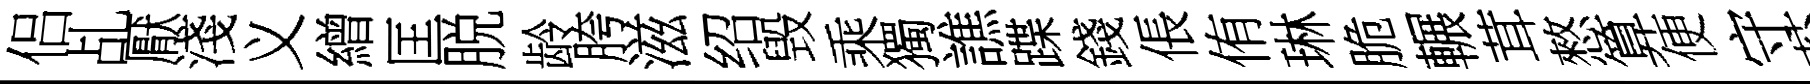
侣乩厭淺义繒匡脱龄胯滋绍毁乘獨譙蹀錢倀侑琳脆輾茸憗算便守苔